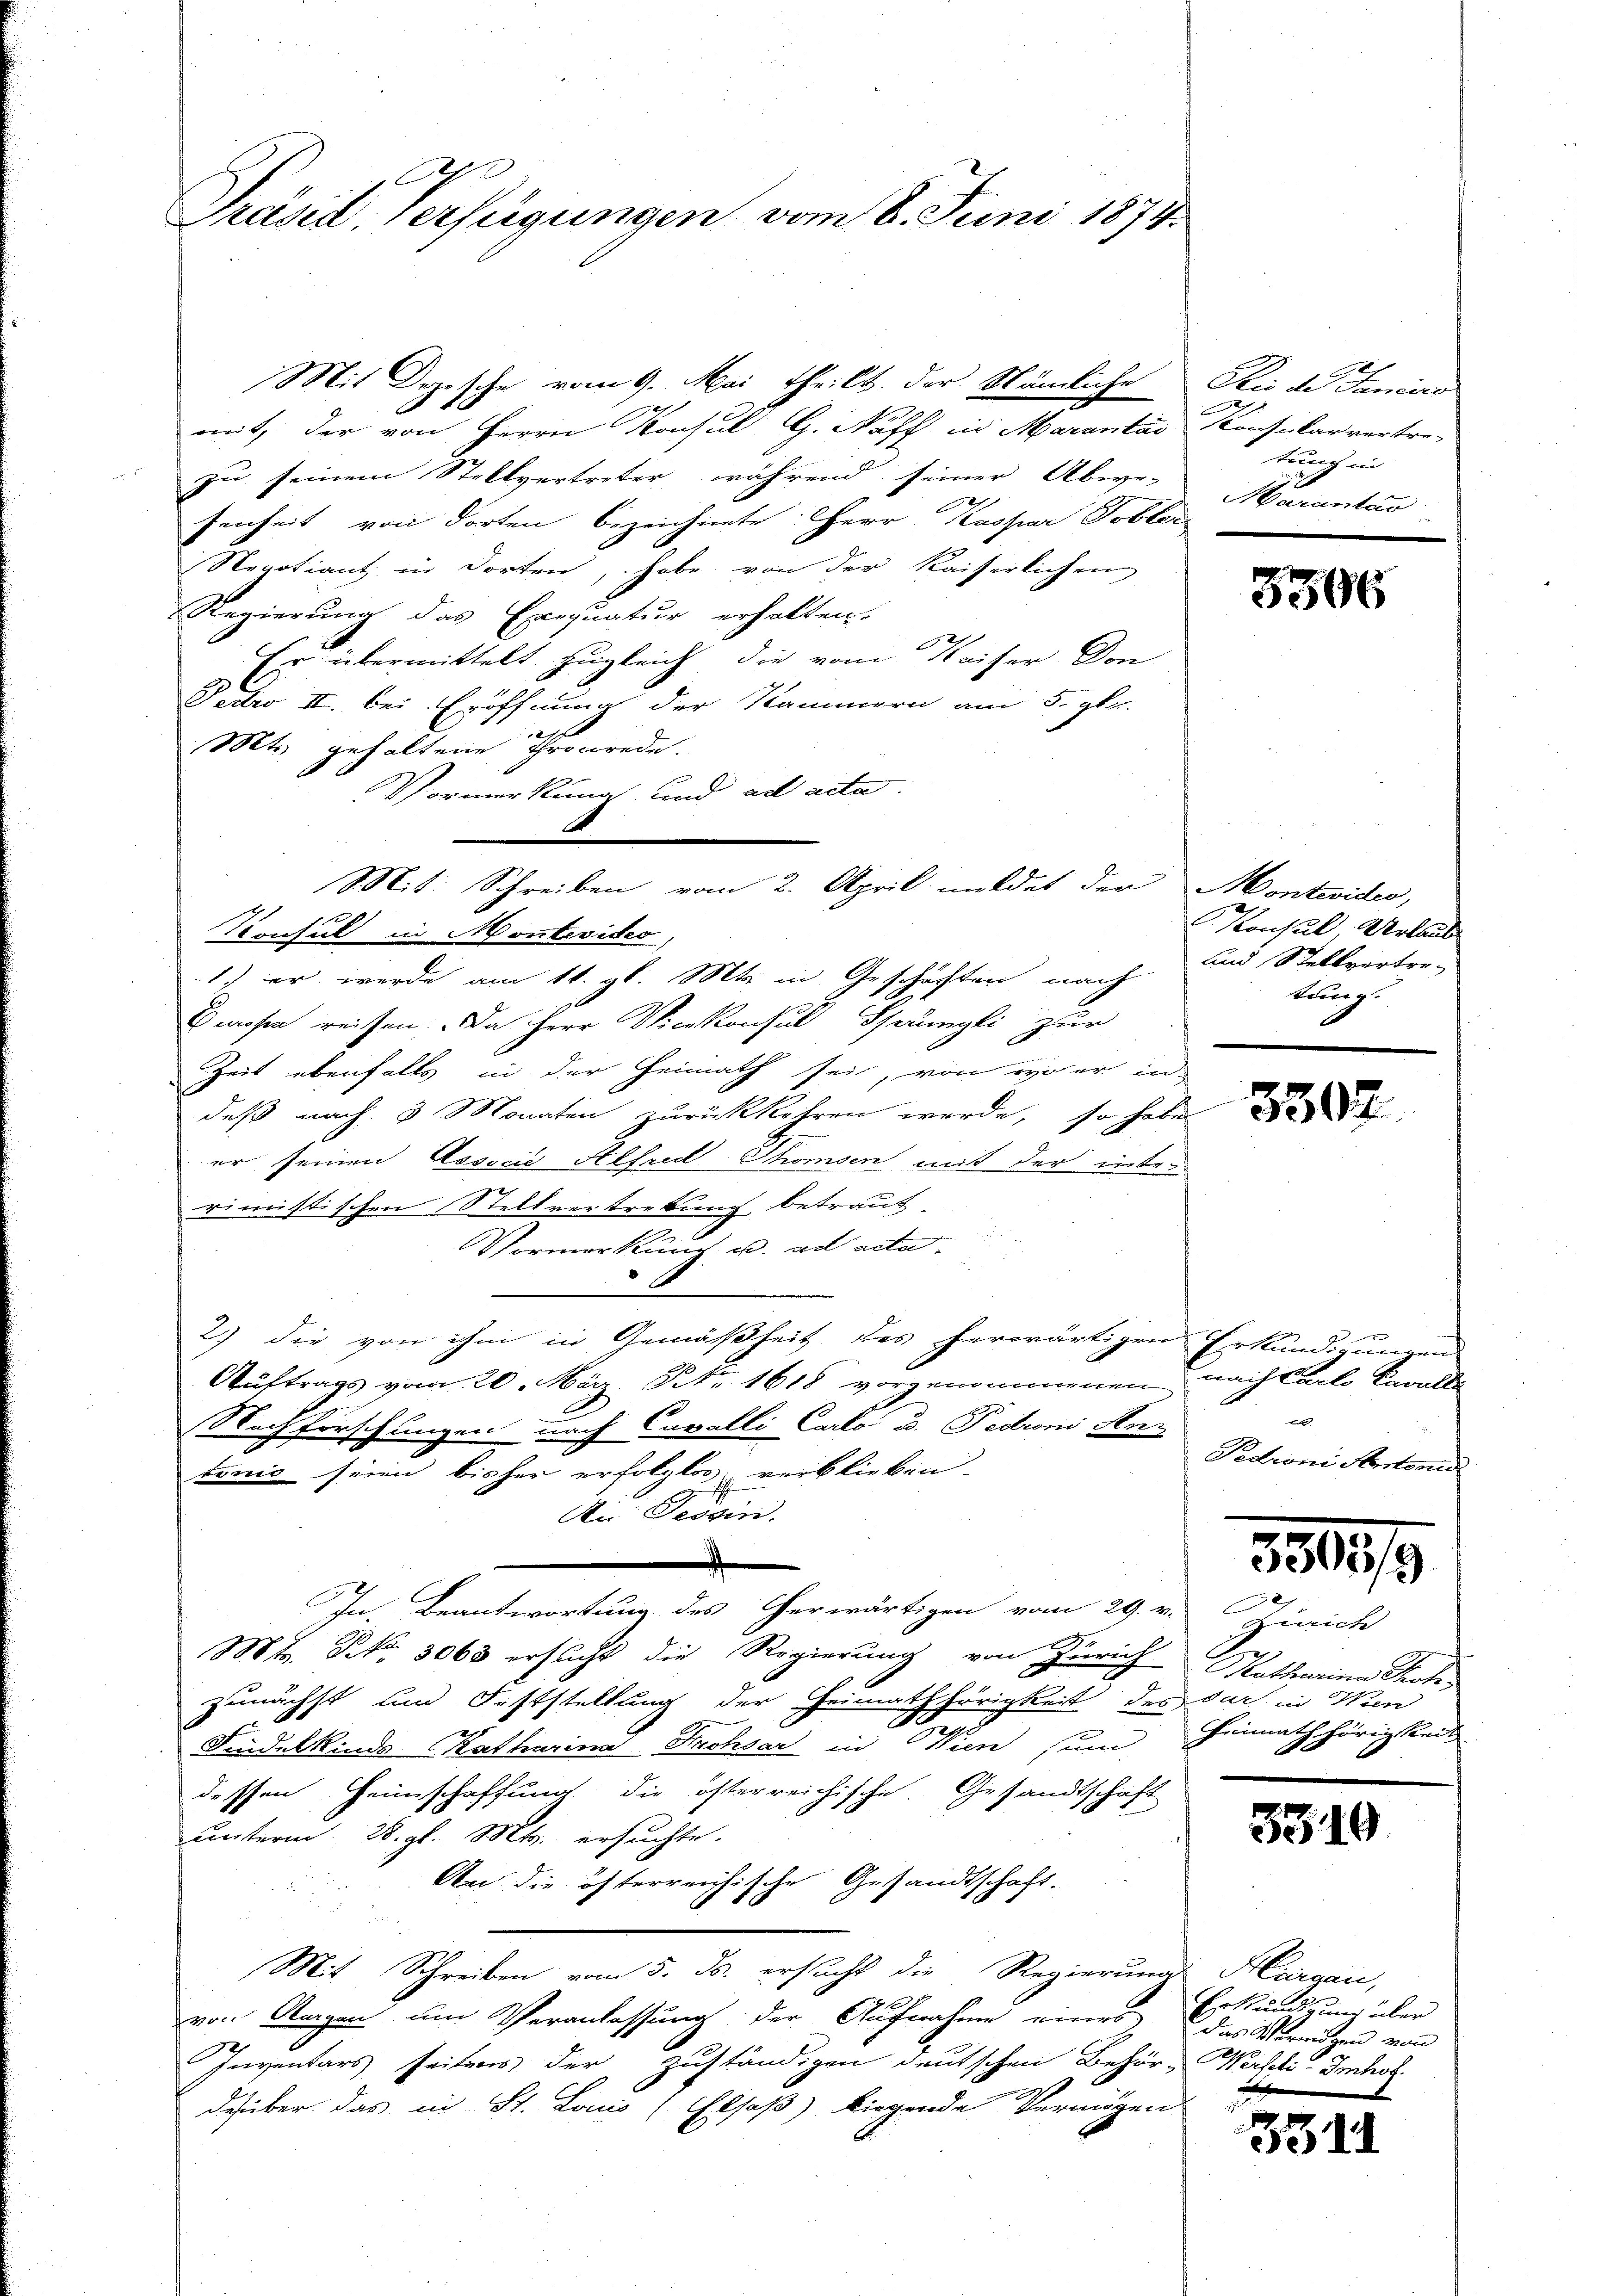
A
Präsid, Verfügungen vom 6. Juni 1874

Mit Dozische vom 9. Mai theilt der Nämliche Die de Janeiro
mit, der von Herrn Konsul G. Naff, in Marantas Konsular vertre-
zu seinem Stellvertreter, während seiner Abwe-Marantas
fenheit von dorten bezeichnete HHerr Kaspar Tobler
Negotiant in dorten, habe von der Kaiserlichen
Regierung das Exequatur erholten.
Er übermittelt zugleich die vom Kaiser Don
Fedro II. bei Eröffnung der Kammern am 5. pr.
Mts. gehaltene Thronrede.
Vormerkung und ad acta
1.) er werde am 11. gl. Mts. in Geschäften nach
Esmohre reisen. Da Herr Vicekonsul Sprüngli zur
Zeit ebenfalls in der Heimath sei, von wo er in
daß nach 3 Monaten zurückkehren werde, so habe
er seinen Associe Alfred Thomsen mit der inter
rimistischen Stellvertretung betraut
Vormerkung, u. ad acta
d
2.) Die von ihm in Gemäßheit des herwärtigen Erkundigungen
Auftrags vom 20. März. Nr. 1618 vorgenommenen nach Carlo Cavall
Nachforschungen nach Cavalli Carlo u. Fedron Retonio seien bisher erfolglos verblicken.
Die Tessini.
.
In. Beantwortung des erwärtigen vom 29. v. Zürich
Mt. No. 3063 ersucht die Regierung von Zürich Katharina Kohzunächst und Feststellung der Heimathörigkeit des dar in Wien
Findelkinde Katharina Frohsar in Wien sin
dessen Heimschaffung die österreichische. Gesandtschaft
unterm 28. gl. Mts. ersuchte.
An die österreichische Gesandtschaft.

Mit Schreiben vom 5. ds. ersucht die Regierung Hargau,
von Stagen um Veranlassung der Aufnahme eines das Vermögen von
Inventars seitens der zuständigen deutschen Behör-Werfeli-Imbot.
desüber das in St. Louis (Elsaß) liegende Vermögen

Mit: Schreiben vom 2. April mildet der Montevide,
Konsul in Montevideo

tung in

3506

Konsul, Urlaub
und Stellvertre-
tung.

e
Pedroni Hertoni

3903/9

Heimath hörig kant

3310.

Erkundigung über

3511